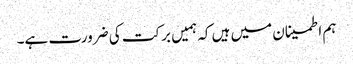
ہم اطمینان میں ہیں کہ ہمیں برکت کی ضرورت ہے۔